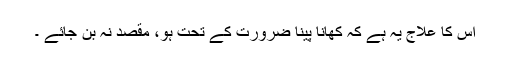
اس کا علاج یہ ہے کہ کھانا پینا ضرورت کے تحت ہو، مقصد نہ بن جائے ۔